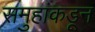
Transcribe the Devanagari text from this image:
समुहांकडून